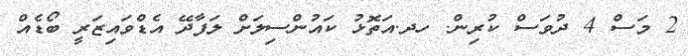
2 މަސް 4 ދުވަސް ކުރިން. ހދ.އަތޮޅު ކައުންސިލަށް ލަފާދޭ އެޑްވައިޒަރީ ބޯޑެއް